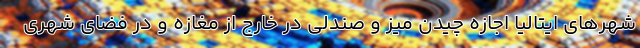
شهرهای ایتالیا اجازه چیدن میز و صندلی در خارج از مغازه و در فضای شهری